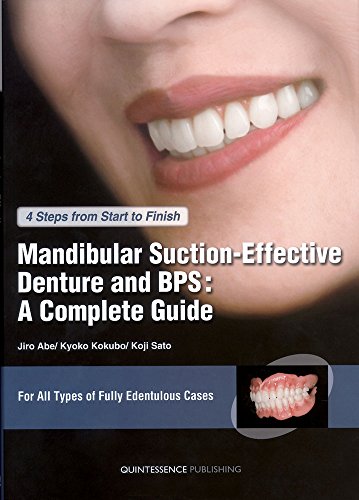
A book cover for Mandibular Suction-Effective Denture and BPS: A Complete Guide : 4 Steps from Start to Finish; Jiro Abe; Medical Books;